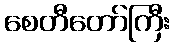
စေတီတော်ကြီး